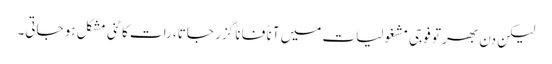
لیکن دن بھر تو فوجی مشغولیات میں آناً فاناً گزر جاتا، رات کاٹنی مشکل ہو جاتی۔